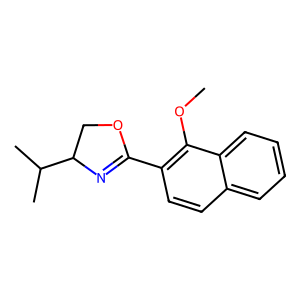
SMILES: COc1c(C2=NC(C(C)C)CO2)ccc2ccccc12
Inhibits HIV replication: No